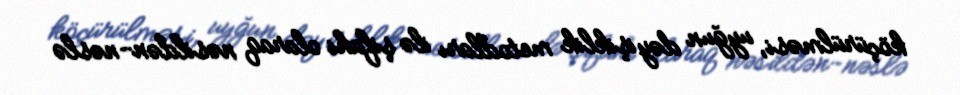
köçürülməsi, uyğun dəyişiklik metodları ilə şifahi olaraq nəsildən-nəslə